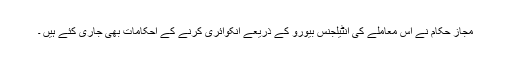
مجاز حکام نے اس معاملے کی انٹیلجنس بیورو کے ذریعے انکوائری کرنے کے احکامات بھی جاری کئے ہیں ۔